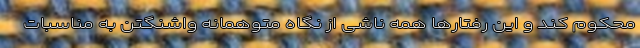
محکوم کند و این رفتارها همه ناشی از نگاه متوهمانه واشنگتن به مناسبات